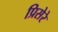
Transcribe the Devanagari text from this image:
प्रिसेरे